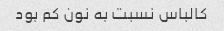
کالباس نسبت به نون کم بود